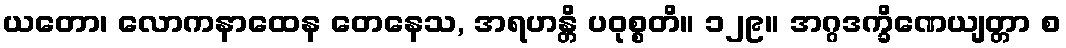
ယတော၊ လောကနာထေန တေနေသ, အရဟန္တိ ပဝုစ္စတိ။ ၁၂၉။ အဂ္ဂဒက္ခိဏေယျတ္တာ စ